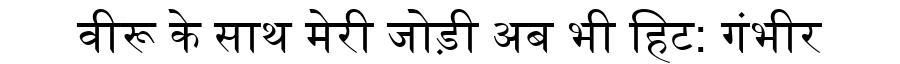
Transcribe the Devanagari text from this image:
वीरू के साथ मेरी जोड़ी अब भी हिट: गंभीर